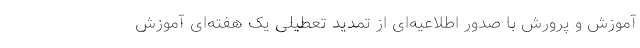
آموزش و پرورش با صدور اطلاعیه‌ای از تمدید تعطیلی یک هفته‌ای آموزش